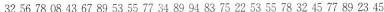
32 56 78 08 43 67 89 53 55 77 34 89 94 83 75 22 53 55 78 32 45 77 89 23 45